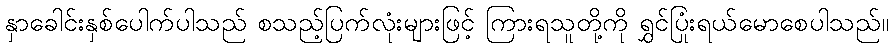
နှာခေါင်းနှစ်ပေါက်ပါသည် စသည့်ပြက်လုံးများဖြင့် ကြားရသူတို့ကို ရွှင်ပြုံးရယ်မောစေပါသည်။